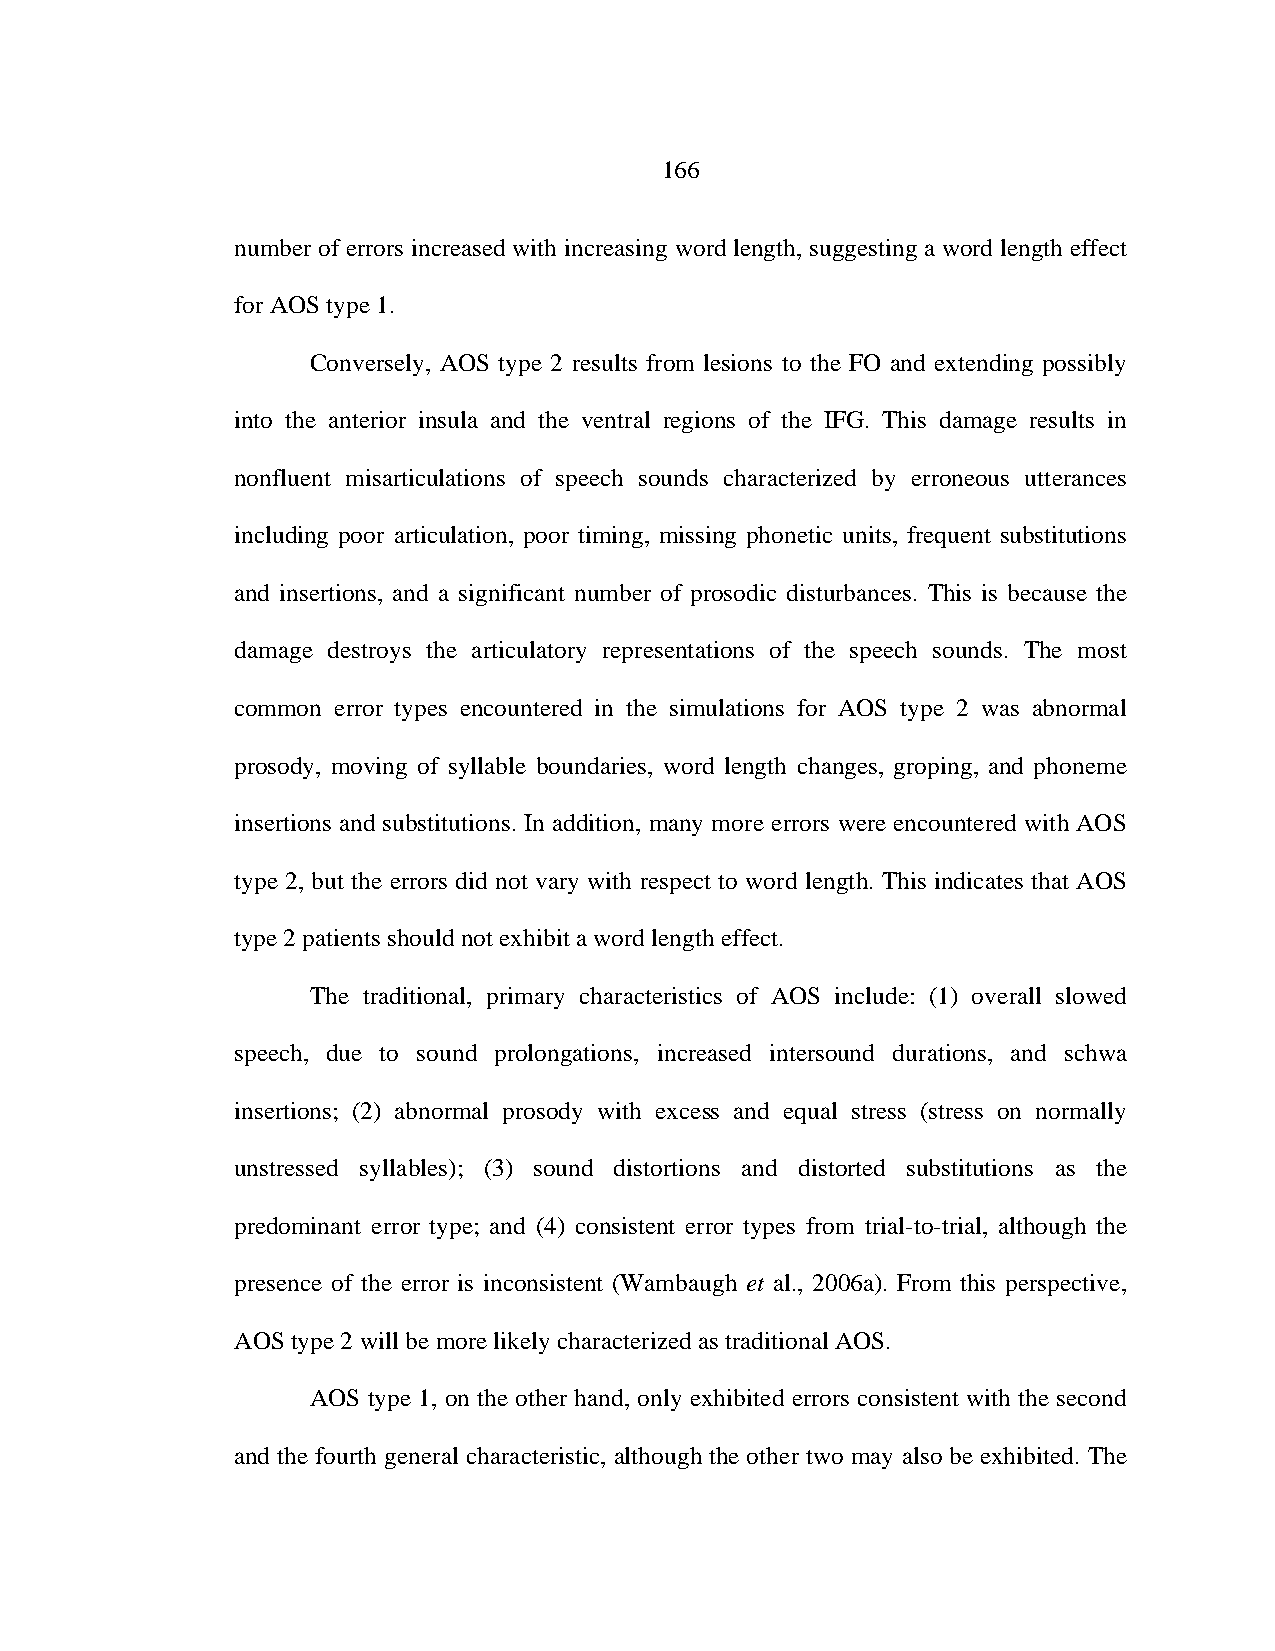
166
 number of errors increased with increasing word length, suggesting a word length effect
 for AOS type 1.
 Conversely, AOS type 2 results from lesions to the FO and extending possibly
 into the anterior insula and the ventral regions of the IFG. This damage results in
 nonfluent misarticulations of speech sounds characterized by erroneous utterances
 including poor articulation, poor timing, missing phonetic units, frequent substitutions
 and insertions, and a significant number of prosodic disturbances. This is because the
 damage destroys the articulatory representations of the speech sounds. The most
 common error types encountered in the simulations for AOS type 2 was abnormal
 prosody, moving of syllable boundaries, word length changes, groping, and phoneme
 insertions and substitutions. In addition, many more errors were encountered with AOS
 type 2, but the errors did not vary with respect to word length. This indicates that AOS
 type 2 patients should not exhibit a word length effect.
 The traditional, primary characteristics of AOS include: (1) overall slowed
 speech, due to sound prolongations, increased intersound durations, and schwa
 insertions; (2) abnormal prosody with excess and equal stress (stress on normally
 unstressed syllables); (3) sound distortions and distorted substitutions as the
 predominant error type; and (4) consistent error types from trial-to-trial, although the
 presence of the error is inconsistent (Wambaugh et al., 2006a). From this perspective,
 AOS type 2 will be more likely characterized as traditional AOS.
 AOS type 1, on the other hand, only exhibited errors consistent with the second
 and the fourth general characteristic, although the other two may also be exhibited. The